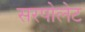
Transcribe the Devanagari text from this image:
सरपोलेट